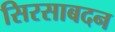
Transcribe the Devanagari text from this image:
सिरसाबदन